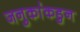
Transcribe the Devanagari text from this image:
जनुकांकडुन